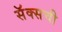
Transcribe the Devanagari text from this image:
सॅक्सची